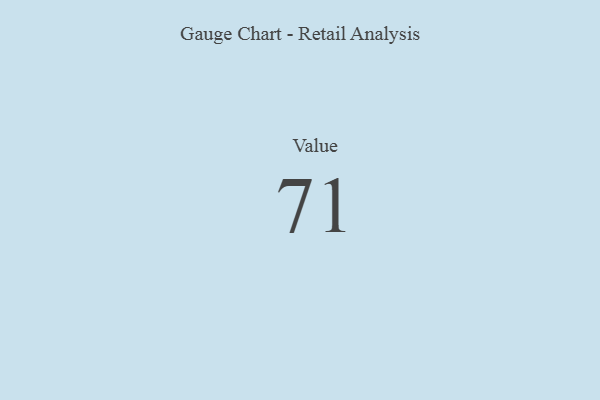
{"axis": {"x": "Metric", "y": "Value"}, "legend": [""], "data": [{"x": "Value", "y": 71, "type": ""}]}